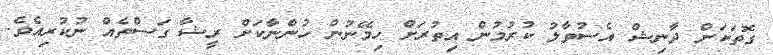
ގޮތަކަށް ދާނިޝް އެސުވާލު ކުރުމުން އިތުރަށް ހިމޭނުން ހުންނާކަށް ރީޝާާ ގަސްތެއް ނުކުރިއެވެ.